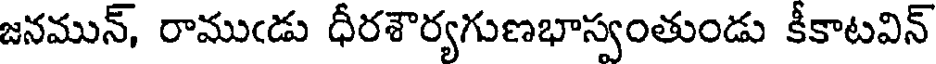
జనమున్, రాముఁడు ధీరశౌర్యగుణభాస్వంతుండు కీకాటవిన్